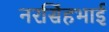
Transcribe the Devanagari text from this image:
नरसिंहभाई